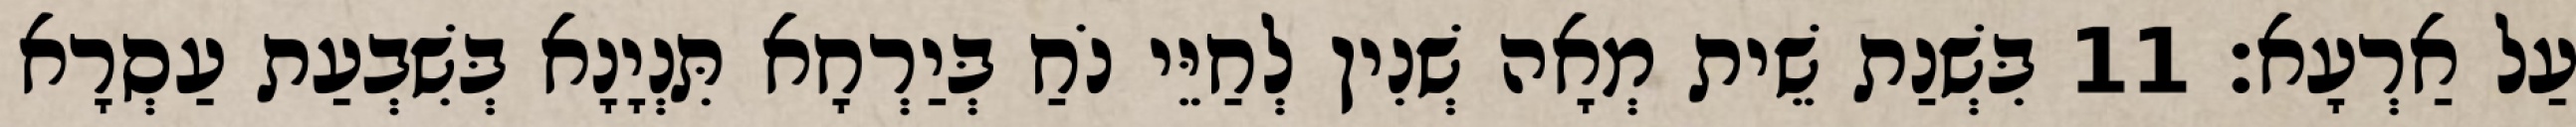
עַל אַרְעָא׃ 11 בִּשְׁנַת שֵׁית מְאָה שְׁנִין לְחַיֵּי נֹחַ בְּיַרְחָא תִּנְיָנָא בְּשִׁבְעַת עַסְרָא